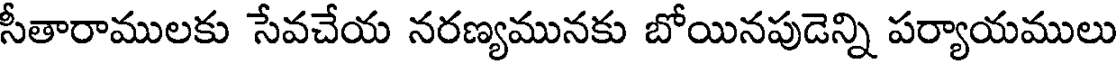
సీతారాములకు సేవచేయ నరణ్యమునకు బోయినపుడెన్ని పర్యాయములు